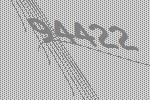
94422